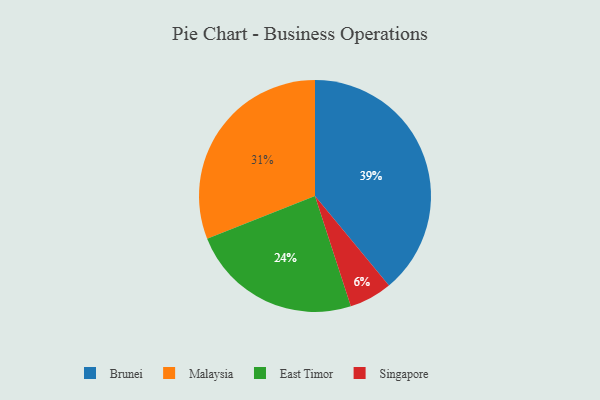
{"axis": {"x": "Category", "y": "Percentage"}, "legend": ["Brunei", "East Timor", "Malaysia", "Singapore"], "data": [{"x": "Singapore", "y": 6, "type": "Singapore"}, {"x": "East Timor", "y": 24, "type": "East Timor"}, {"x": "Malaysia", "y": 31, "type": "Malaysia"}, {"x": "Brunei", "y": 39, "type": "Brunei"}]}